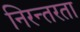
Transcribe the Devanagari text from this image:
निरन्‍तरता